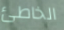
الخاطئ